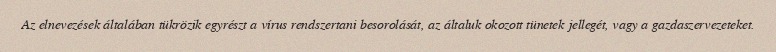
Az elnevezések általában tükrözik egyrészt a vírus rendszertani besorolását, az általuk okozott tünetek jellegét, vagy a gazdaszervezeteket.